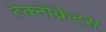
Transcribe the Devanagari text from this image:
टेक्नोक्रेट्स